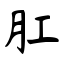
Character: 肛